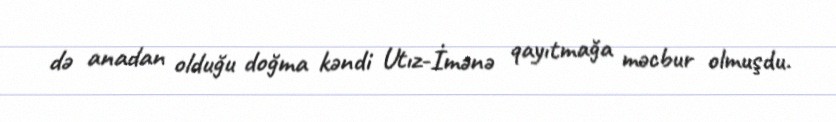
də anadan olduğu doğma kəndi Utız-İmənə qayıtmağa məcbur olmuşdu.